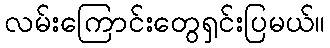
လမ်းကြောင်းတွေရှင်းပြမယ်။